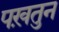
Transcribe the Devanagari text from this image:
पख़तुन